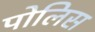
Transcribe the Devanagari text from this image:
पोलिस